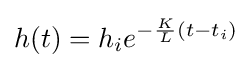
h(t)=h_{i}e^{-{\frac {K}{L}}(t-t_{i})}